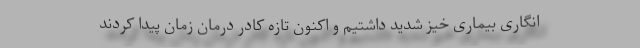
انگاری بیماری خیز شدید داشتیم و اکنون تازه کادر درمان زمان پیدا کردند